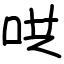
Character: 哄